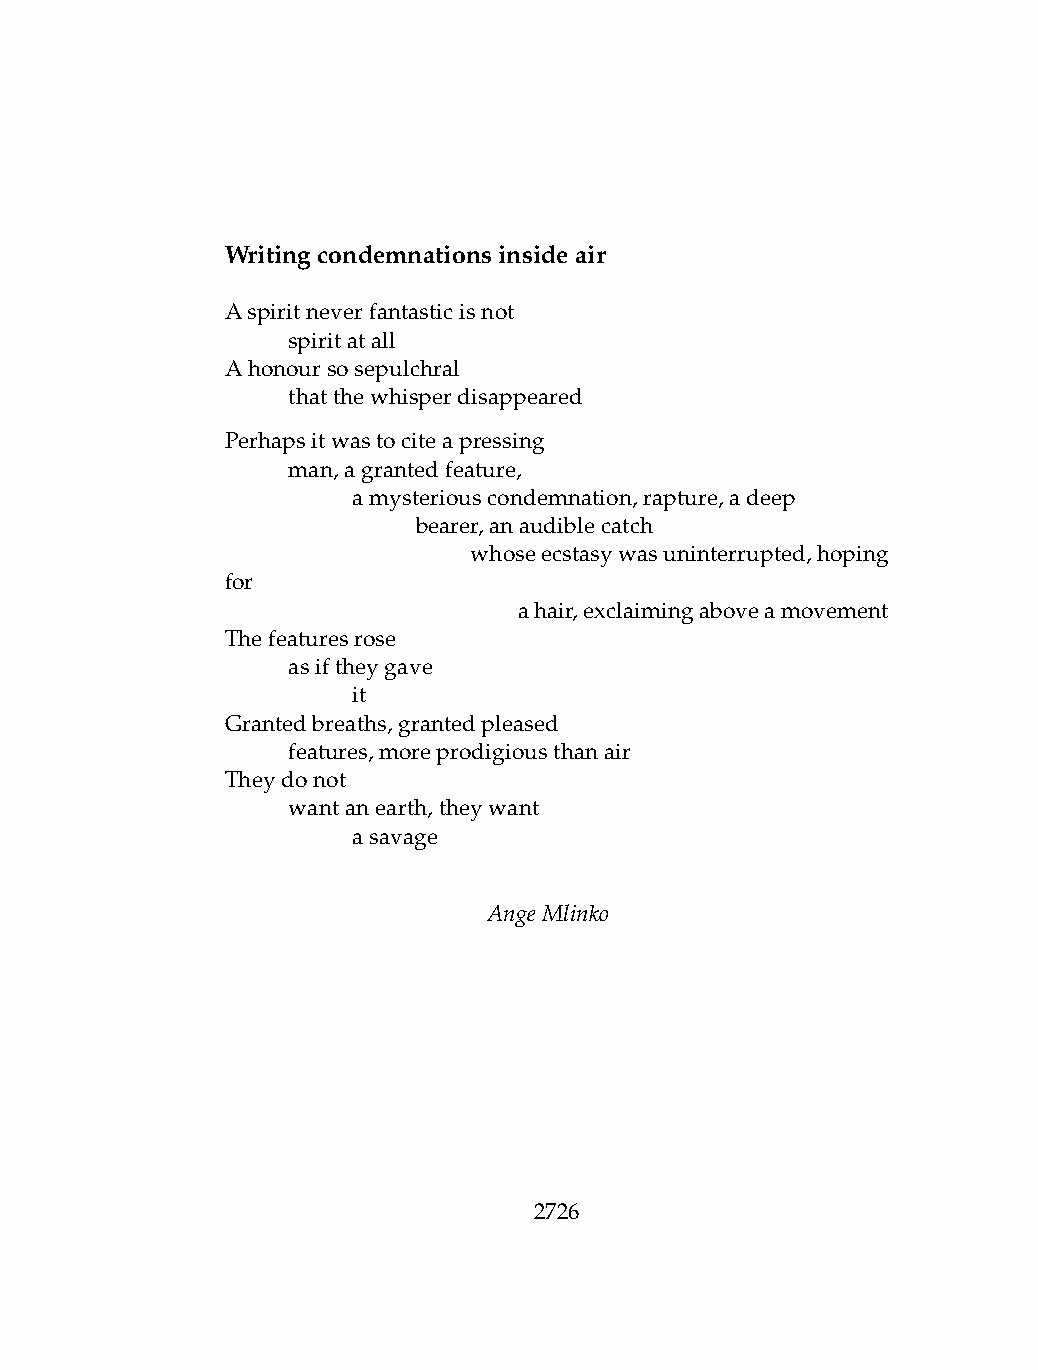
Writingcondemnationsinsideair
 Aspiritneverfantasticisnot
 .   spiritatall
 Ahonoursosepulchral
 .   thatthewhisperdisappeared
 Perhapsitwastociteapressing
 .   man,agrantedfeature,
 .   .   amysteriouscondemnation,rapture,adeep
 .   .   .    bearer,anaudiblecatch
 .   .   .   .   whoseecstasywasuninterrupted,hoping
 for
 .   .   .   .  .   ahair,exclaimingaboveamovement
 Thefeaturesrose
 .   asiftheygave
 .   .   it
 Grantedbreaths,grantedpleased
 .   features,moreprodigiousthanair
 Theydonot
 .   wantanearth,theywant
 .   .   asavage
 AngeMlinko
 2726